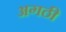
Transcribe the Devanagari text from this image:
अगठी